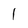
Character: 1